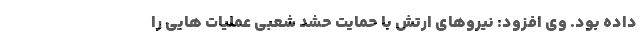
داده بود. وی افزود: نیروهای ارتش با حمایت حشد شعبی عملیات هایی را